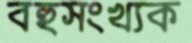
বহুসংখ্যক